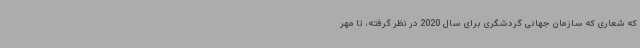
که شعاری که سازمان جهانی گردشگری برای سال 2020 در نظر گرفته، تا مهر